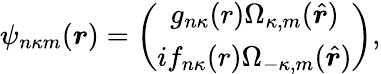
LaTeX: \psi_{n\kappa m}(\boldsymbol{r})=\left(\begin{array}{c}{g_{n\kappa}(r)\Omega_{\kappa,m}(\hat{\boldsymbol{r}})}\\ {if_{n\kappa}(r)\Omega_{-\kappa,m}(\hat{\boldsymbol{r}})}\end{array}\right),